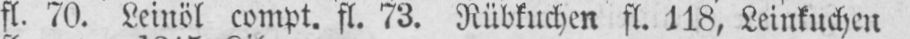
fl. 70. Leinöl compt. fl. 73. Rübkuchen fl. 118, Leinkuchen